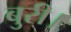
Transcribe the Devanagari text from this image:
बुरी।